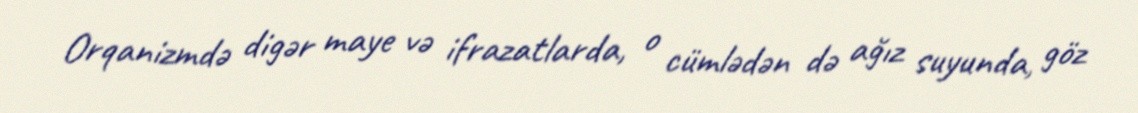
Orqanizmdə digər maye və ifrazatlarda, o cümlədən də ağız suyunda, göz